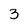
Character: 3